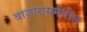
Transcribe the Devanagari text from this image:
बाजारासमोरील